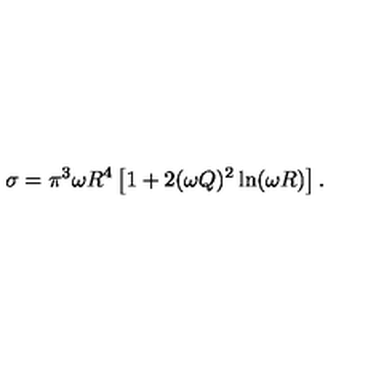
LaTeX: \sigma = \pi ^ { 3 } \omega R ^ { 4 } \left[ 1 + 2 ( \omega Q ) ^ { 2 } \ln ( \omega R ) \right] .